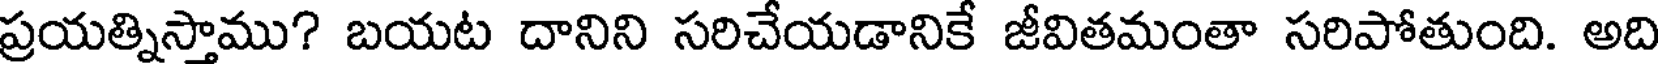
ప్రయత్నిస్తాము? బయట దానిని సరిచేయడానికే జీవితమంతా సరిపోతుంది. అది